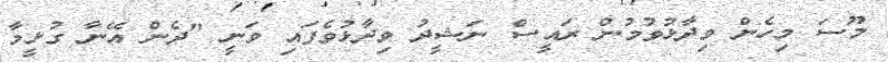
މޫސަ މިހެން ވިދާޅުވުމުން ރައީސް ނަޝީދު ވިދާޅުވެފައި ވަނީ "ދެން އޭނާ ގުޅީމާ